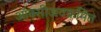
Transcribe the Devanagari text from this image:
ऑक्सीअवक्रमित